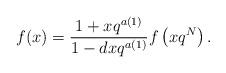
LaTeX: \begin{align*}f(x) = \frac{1+xq^{a(1)}}{1-dxq^{a(1)}} f\left(xq^N\right).\end{align*}